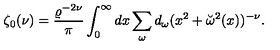
\zeta _ { 0 } ( \nu ) = { \frac { \varrho ^ { - 2 \nu } } { \pi } } \int _ { 0 } ^ { \infty } d x \sum _ { \omega } d _ { \omega } ( x ^ { 2 } + \breve { \omega } ^ { 2 } ( x ) ) ^ { - \nu } .